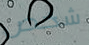
شخص